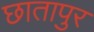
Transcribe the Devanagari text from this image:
छातापुर